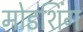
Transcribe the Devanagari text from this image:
मोडशिंग